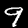
Digit: 9